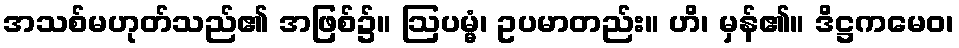
အသစ်မဟုတ်သည်၏ အဖြစ်၌။ ဩပမ္မံ၊ ဥပမာတည်း။ ဟိ၊ မှန်၏။ ဒိဋ္ဌကမေဝ၊